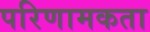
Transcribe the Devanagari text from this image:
परिणामकता